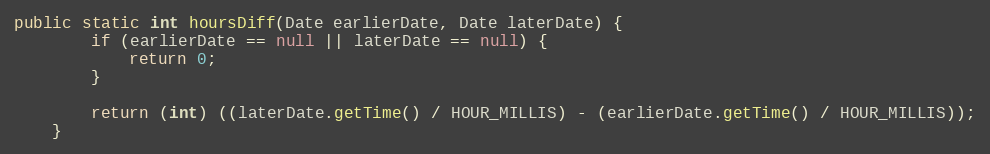
Language: Java
public static int hoursDiff(Date earlierDate, Date laterDate) {
        if (earlierDate == null || laterDate == null) {
            return 0;
        }

        return (int) ((laterDate.getTime() / HOUR_MILLIS) - (earlierDate.getTime() / HOUR_MILLIS));
    }